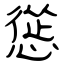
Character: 慫